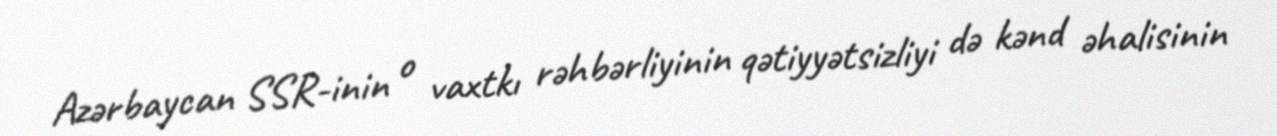
Azərbaycan SSR-inin o vaxtkı rəhbərliyinin qətiyyətsizliyi də kənd əhalisinin